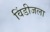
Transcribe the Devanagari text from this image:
विंडीजला